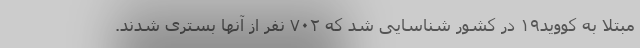
مبتلا به کووید۱۹ در کشور شناسایی شد که ۷۰۲ نفر از آنها بستری شدند.